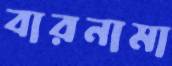
বারনামা